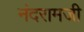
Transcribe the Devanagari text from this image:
नंदरामजी